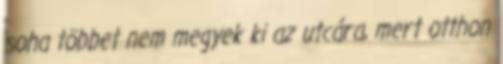
soha többet nem megyek ki az utcára, mert otthon